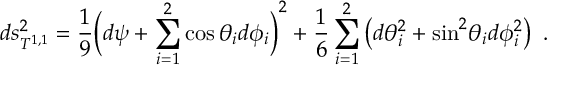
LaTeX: d s _ { T ^ { 1 , 1 } } ^ { 2 } = { \frac { 1 } { 9 } } \bigg ( d \psi + \sum _ { i = 1 } ^ { 2 } \cos \theta _ { i } d \phi _ { i } \bigg ) ^ { 2 } + { \frac { 1 } { 6 } } \sum _ { i = 1 } ^ { 2 } \left( d \theta _ { i } ^ { 2 } + \mathrm { s i n } ^ { 2 } \theta _ { i } d \phi _ { i } ^ { 2 } \right) \ .